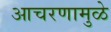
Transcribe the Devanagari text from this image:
आचरणामुळे